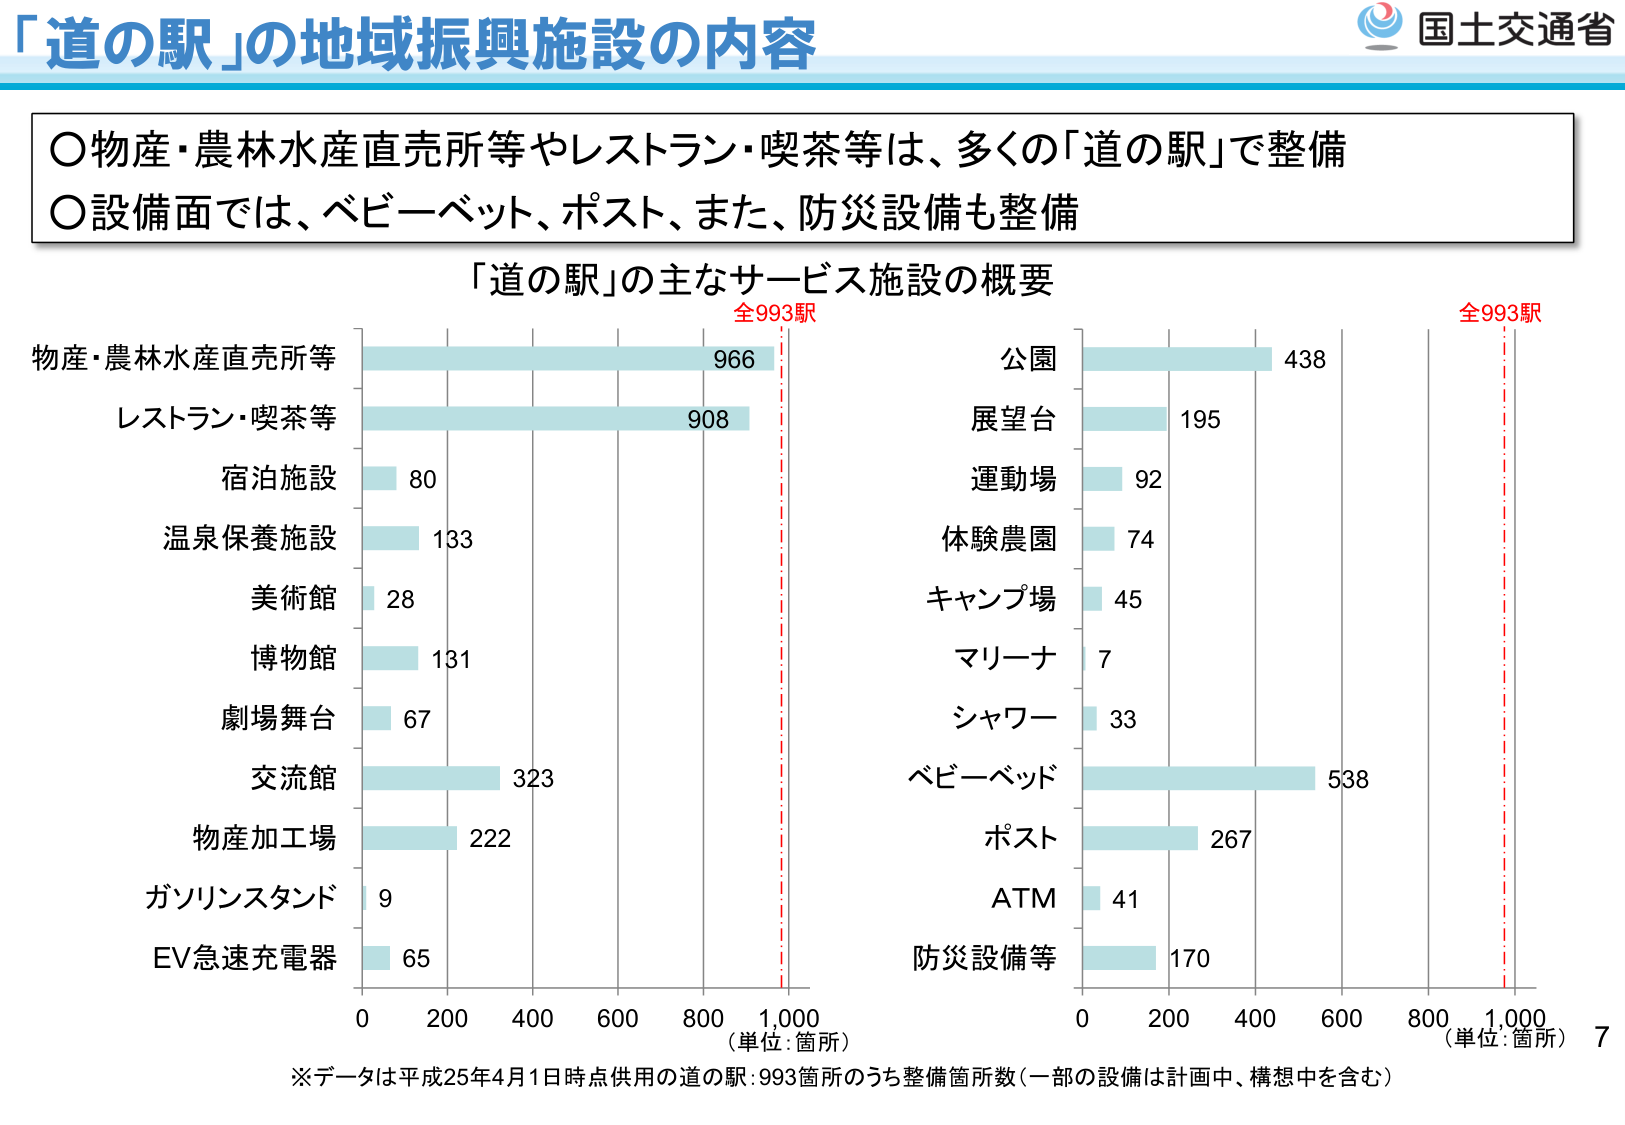
「道の駅」の地域振興施設の内容

○物産・農林水産直売所等やレストラン・喫茶等は、多くの「道の駅」で整備
○設備面では、ベビーベッド、ポスト、また、防災設備も整備

「道の駅」の主なサービス施設の概要

全993駅
全993駅

物産・農林水産直売所等　966
レストラン・喫茶等　908
宿泊施設　80
温泉保養施設　133
美術館　28
博物館　131
劇場舞台　67
交流館　323
物産加工場　222
ガソリンスタンド　9
EV急速充電器　65

公園　438
展望台　195
運動場　92
体験農園　74
キャンプ場　45
マリーナ　7
シャワー　33
ベビーベッド　538
ポスト　267
ATM　41
防災設備等　170

（単位：箇所）
（単位：箇所）

※データは平成25年4月1日時点供用の道の駅：993箇所のうち整備箇所数（一部の設備は計画中、構想中を含む）

国土交通省
7